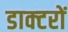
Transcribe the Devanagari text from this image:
डाक्‍टरों